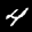
Label: 4